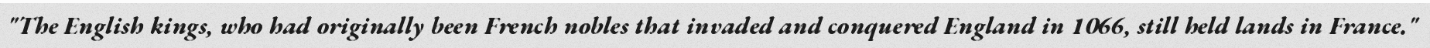
"The English kings, who had originally been French nobles that invaded and conquered England in 1066, still held lands in France."